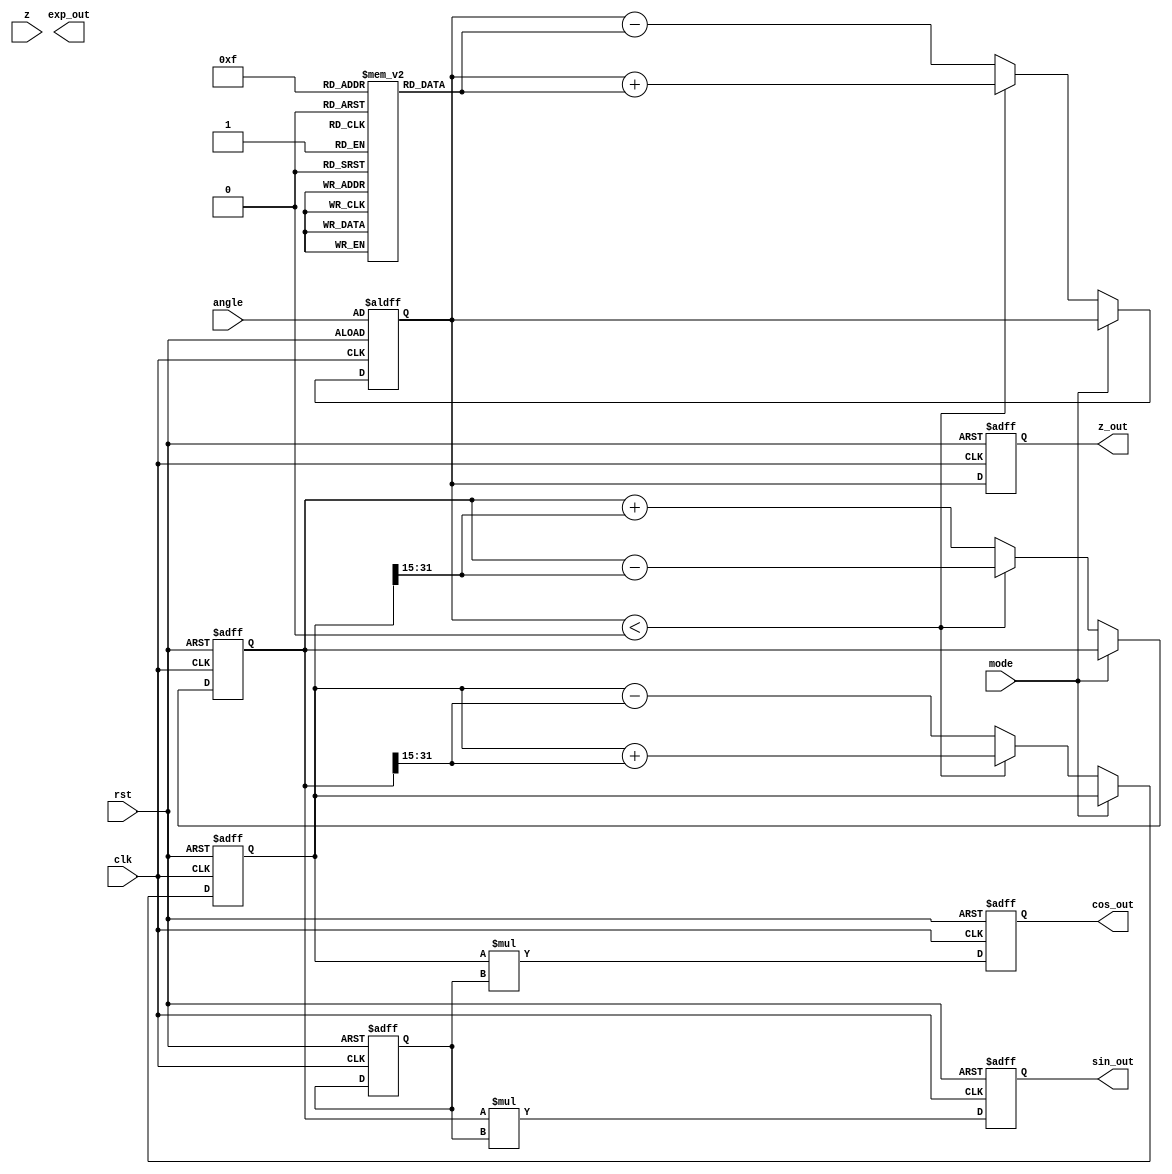
module floating_point_cordic (
    input wire clk,
    input wire rst,
    input wire [31:0] angle,   // Floating-point angle input (IEEE 754)
    input wire [31:0] z,       // Vector input for vectoring mode
    input wire mode,           // 0 = rotation, 1 = vectoring
    output reg [31:0] sin_out, // Sine output
    output reg [31:0] cos_out, // Cosine output
    output reg [31:0] exp_out, // Exponential output
    output reg [31:0] z_out    // Vectoring result
);

// Parameters for CORDIC
parameter NUM_ITERATIONS = 16; // Number of iterations
parameter ANGLE_WIDTH = 32; // Width for angle representation
parameter CORDIC_GAIN = 32'h3F1A36B1; // Pre-calculated CORDIC gain (approx. 0.607)

reg [ANGLE_WIDTH-1:0] x_reg, y_reg, z_reg;
reg [ANGLE_WIDTH-1:0] angle_rom [0:NUM_ITERATIONS-1]; // ROM for angles
reg [ANGLE_WIDTH-1:0] gain_reg; // CORDIC gain register

// Initialize angle ROM (assuming angles are in fixed-point representation)
initial begin
    angle_rom[0] = 32'h3F000000; // 0.785398 (/4)
    angle_rom[1] = 32'h3E2AAAAA; // 0.463647 (atan(1/2))
    angle_rom[2] = 32'h3D89FCE4; // 0.244978 (atan(1/3))
    angle_rom[3] = 32'h3C91EB85; // 0.12439 (atan(1/7))
    // ... continue initializing angles for NUM_ITERATIONS
end

// Control logic and state machine
integer i;
always @(posedge clk or posedge rst) begin
    if (rst) begin
        sin_out <= 32'b0;
        cos_out <= 32'b0;
        z_out <= 32'b0;
        gain_reg <= CORDIC_GAIN;
        x_reg <= 32'h40000000; // 1.0 in floating point
        y_reg <= 32'b0; // 0.0 in floating point
        z_reg <= angle; // Load angle input
    end else begin
        for (i = 0; i < NUM_ITERATIONS; i = i + 1) begin
            // CORDIC rotation mode
            if (mode == 0) begin
                if (z_reg < 0) begin
                    // Rotate clockwise
                    x_reg <= x_reg + (y_reg >> i);
                    y_reg <= y_reg - (x_reg >> i);
                    z_reg <= z_reg + angle_rom[i];
                end else begin
                    // Rotate counter-clockwise
                    x_reg <= x_reg - (y_reg >> i);
                    y_reg <= y_reg + (x_reg >> i);
                    z_reg <= z_reg - angle_rom[i];
                end
            end else begin
                // CORDIC vectoring mode
                // Similar logic to compute angle and magnitude
                // Implement vectoring calculations
            end
        end
        // Final normalization and output assignment
        sin_out <= y_reg * gain_reg; // Scale by gain
        cos_out <= x_reg * gain_reg; // Scale by gain
        z_out <= z_reg; // Output the z value
    end
end

endmodule